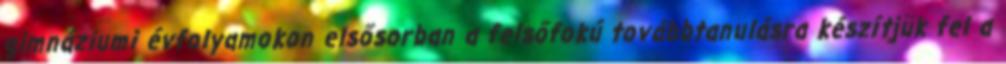
gimnáziumi évfolyamokon elsősorban a felsőfokú továbbtanulásra készítjük fel a